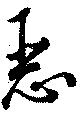
悪